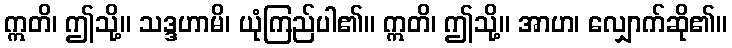
ဣတိ၊ ဤသို့။ သဒ္ဒဟာမိ၊ ယုံကြည်ပါ၏။ ဣတိ၊ ဤသို့။ အာဟ၊ လျှောက်ဆို၏။